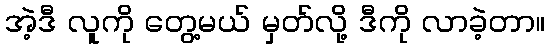
အဲ့ဒီ လူကို တွေ့မယ် မှတ်လို့ ဒီကို လာခဲ့တာ။